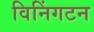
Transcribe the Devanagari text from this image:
विनिंगटन